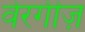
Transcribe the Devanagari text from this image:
वेरगीज़